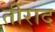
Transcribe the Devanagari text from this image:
तीराद्